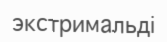
экстримальді